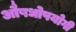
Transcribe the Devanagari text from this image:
औषधोपयोगी